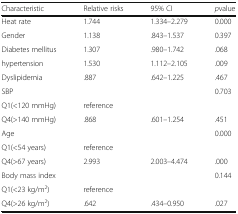
<table><thead><tr><td><b>Characteristic</b></td><td><b>Relative risks</b></td><td><b>95% CI</b></td><td><b><i>p</i>value</b></td></tr></thead><tbody><tr><td>Heat rate</td><td>1.744</td><td>1.334–2.279</td><td>0.000</td></tr><tr><td>Gender</td><td>1.138</td><td>.843–1.537</td><td>0.397</td></tr><tr><td>Diabetes mellitus</td><td>1.307</td><td>.980–1.742</td><td>.068</td></tr><tr><td>hypertension</td><td>1.530</td><td>1.112–2.105</td><td>.009</td></tr><tr><td>Dyslipidemia</td><td>.887</td><td>.642–1.225</td><td>.467</td></tr><tr><td>SBP</td><td></td><td></td><td>0.703</td></tr><tr><td>Q1(&lt;120 mmHg)</td><td>reference</td><td></td><td></td></tr><tr><td>Q4(&gt;140 mmHg)</td><td>.868</td><td>.601–1.254</td><td>.451</td></tr><tr><td>Age</td><td></td><td></td><td>0.000</td></tr><tr><td>Q1(&lt;54 years)</td><td>reference</td><td></td><td></td></tr><tr><td>Q4(&gt;67 years)</td><td>2.993</td><td>2.003–4.474</td><td>.000</td></tr><tr><td>Body mass index</td><td></td><td></td><td>0.144</td></tr><tr><td>Q1(&lt;23 kg/m<sup>2</sup>)</td><td>reference</td><td></td><td></td></tr><tr><td>Q4(&gt;26 kg/m<sup>2</sup>)</td><td>.642</td><td>.434–0.950</td><td>.027</td></tr></tbody></table>